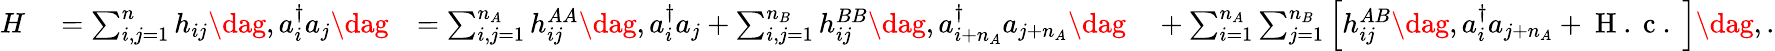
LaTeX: \begin{array}{rlrl}{H}&{{}=\sum_{i,j=1}^{n}h_{ij}\dag,a_{i}^{\dagger}a_{j}\dag}&{=\sum_{i,j=1}^{n_{A}}h_{ij}^{AA}\dag,a_{i}^{\dagger}a_{j}+\sum_{i,j=1}^{n_{B}}h_{ij}^{BB}\dag,a_{i+n_{A}}^{\dagger}a_{j+n_{A}}\dag}&{{}+\sum_{i=1}^{n_{A}}\sum_{j=1}^{n_{B}}\left[h_{ij}^{AB}\dag,a_{i}^{\dagger}a_{j+n_{A}}+\mathrm{~H~.~c~.~}\right]\dag,.}\end{array}